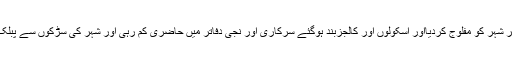
27اور 28اکتوبر کو حکومت نے راولپنڈی میں کنٹینرز لگا کر شہر کو مفلوج کردیااور اسکولوں اور کالجزبند ہوگئے سرکاری اور نجی دفاتر میں حاضری کم رہی اور شہر کی سڑکوں سے پبلک ٹرانسپورٹ بندرہی اور شہر میںمعاملات زندگی مفلوج رہی۔